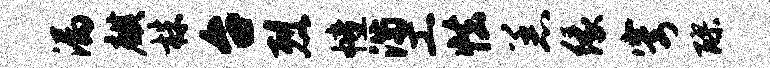
漏麒株台烈幢满工怯恙缘穹醪